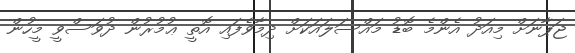
ޖަޕާނަށް މިއަދު އެންމެ ބޮޑު މައްސަލައަކަށް ދިމާވެފައި އޮތީ ޢުމުރުން ދުވަސްވީ މީހުން